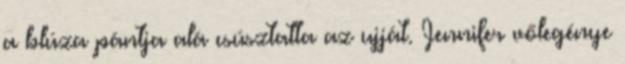
a blúza pántja alá csúsztatta az ujját. Jennifer vőlegénye